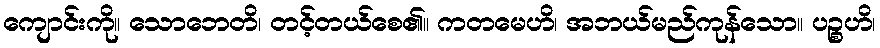
ကျောင်းကို။ သောဘေတိ၊ တင့်တယ်စေ၏။ ကတမေဟိ၊ အဘယ်မည်ကုန်သော။ ပဉ္စဟိ၊